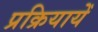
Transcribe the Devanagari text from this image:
प्रक्रियायेँ